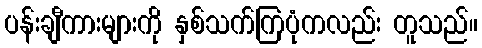
ပန်းချီကားများကို နှစ်သက်ကြပုံကလည်း တူသည်။